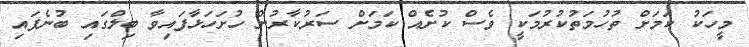
މީހަކު ކަމަށް ތުހުމަތުކުރުމަކީ ވެސް ކުށެއް ކަމަށް ސަރުކާރުން ހުށަހަޅާފައިވާ ބިލްގައި ބުނެފައި